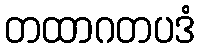
တထာဂတပဒံ